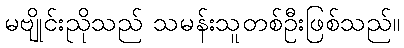
မဗျိုင်းညိုသည် သမန်းသူတစ်ဦးဖြစ်သည်။